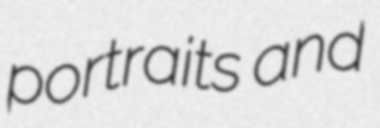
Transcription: portraits and